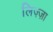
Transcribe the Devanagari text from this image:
लिज़्ज़ा